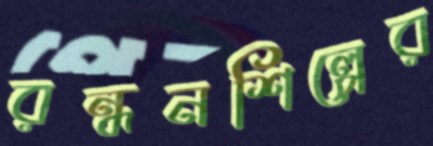
রন্ধনশিল্পের